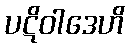
ပဋိဝါဒေဟိ